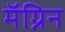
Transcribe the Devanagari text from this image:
मॅग्निन